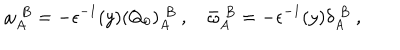
\omega _ { A } ^ { \; B } = - \epsilon ^ { - 1 } ( y ) ( Q _ { 0 } ) _ { A } ^ { \; B } \ , \quad \bar { \omega } _ { A } ^ { \; B } = - \epsilon ^ { - 1 } ( y ) \delta _ { A } ^ { \; B } \ ,